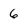
Character: 6